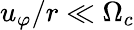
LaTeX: u_{\varphi}/r\ll\Omega_{c}